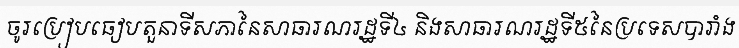
ចូរប្រៀបធៀបតួនាទីសភានៃសាធារណរដ្ឋទី៤ និងសាធារណរដ្ឋទី៥នៃប្រទេសបារាំង